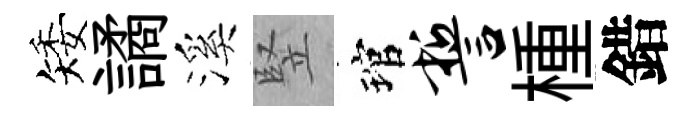
矮譎溪竪琯誓㮔錯